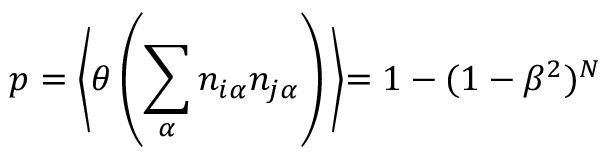
p = \Biggl \langle \theta \left( \sum _ { \alpha } n _ { i \alpha } n _ { j \alpha } \right) \Biggl \rangle = 1 - ( 1 - \beta ^ { 2 } ) ^ { N }